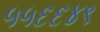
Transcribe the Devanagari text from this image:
५५६६४९